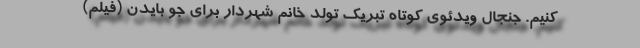
کنیم. جنجال ویدئوی کوتاه تبریک تولد خانم شهردار برای جو بایدن (فیلم)